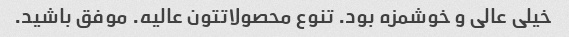
خیلی عالی و خوشمزه بود. تنوع محصولاتتون عالیه. موفق باشید.